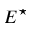
E ^ { \star }